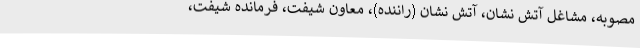
مصوبه، مشاغل آتش نشان، آتش نشان (راننده)، معاون شیفت، فرمانده شیفت،